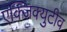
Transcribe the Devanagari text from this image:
एक्जिक्युटीव